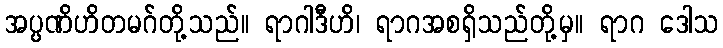
အပ္ပဏိဟိတမဂ်တို့သည်။ ရာဂါဒီဟိ၊ ရာဂအစရှိသည်တို့မှ။ ရာဂ ဒေါသ